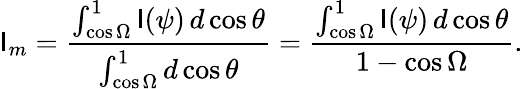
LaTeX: \mathsf{I}_{m}={\frac{{\int_{\cos\Omega}^{1}\mathsf{I}(\psi)\, d\cos\theta}}{{\int_{\cos\Omega}^{1}d\cos\theta}}}={\frac{{\int_{\cos\Omega}^{1}\mathsf{I}(\psi)\, d\cos\theta}}{{1-\cos\Omega}}}.